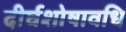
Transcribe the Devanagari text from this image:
दीर्घशोषावधि